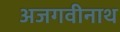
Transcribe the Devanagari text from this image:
अजगवीनाथ